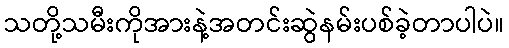
သတို့သမီးကိုအားနဲ့အတင်းဆွဲနမ်းပစ်ခဲ့တာပါပဲ။